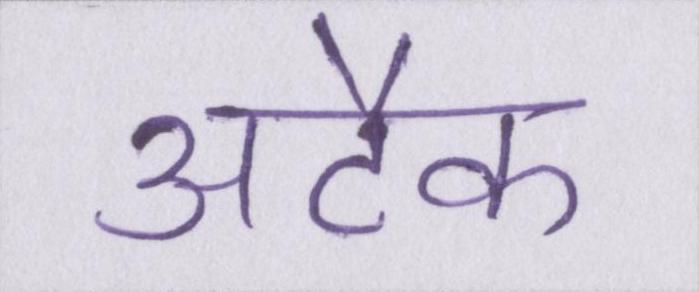
अटैक